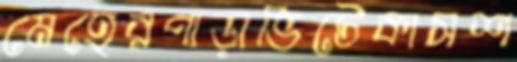
মেহেরপাড়াভিটেকাসশ